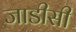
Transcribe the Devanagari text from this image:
जाडीसी